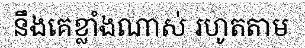
នឹងគេខ្លាំងណាស់ រហូតតាម